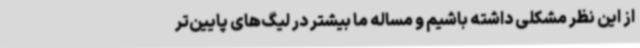
از این نظر مشکلی داشته باشیم و مساله ما بیشتر در لیگ‌های پایین‌تر